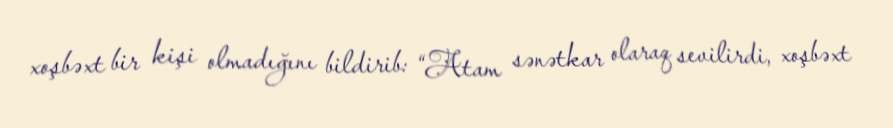
xoşbəxt bir kişi olmadığını bildirib: “Atam sənətkar olaraq sevilirdi, xoşbəxt